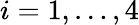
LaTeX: i=1,\dots,4